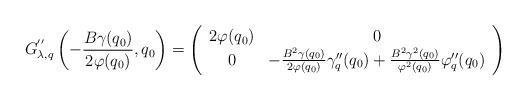
LaTeX: \begin{align*}G_{\lambda,q}^{''}\left(-\frac{B\gamma(q_{0})}{2\varphi(q_{0})},q_{0}\right)=\left(\begin{array}{cc}2\varphi(q_{0}) & 0\\0 & -\frac{B^{2}\gamma(q_{0})}{2\varphi(q_{0})}\gamma''_{q}(q_{0})+\frac{B^{2}\gamma^{2}(q_{0})}{\varphi^{2}(q_{0})}\varphi''_{q}(q_{0})\end{array}\right)\end{align*}